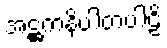
အဋ္ဌကနိပါတပါဠိ